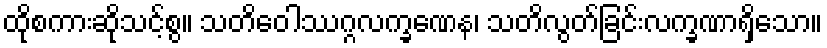
ထိုစကားဆိုသင့်စွ။ သတိဝေါဿဂ္ဂလက္ခဏေန၊ သတိလွတ်ခြင်းလက္ခဏာရှိသော။